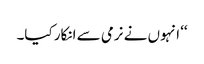
‘‘ انہوں نے نرمی سے انکار کیا۔